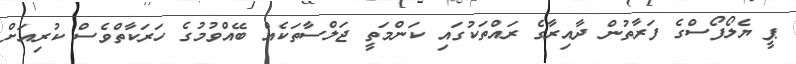
ޕީ ޔެލޯފޯސްގެ ފަރާތުން ދާއިރާގެ ރައްތަކުގައި ކަންމަތީ ޖަލްސާތަކެއް ބޭއްވުމުގެ ހަރަކާތްވެސް ކުރިއަށް